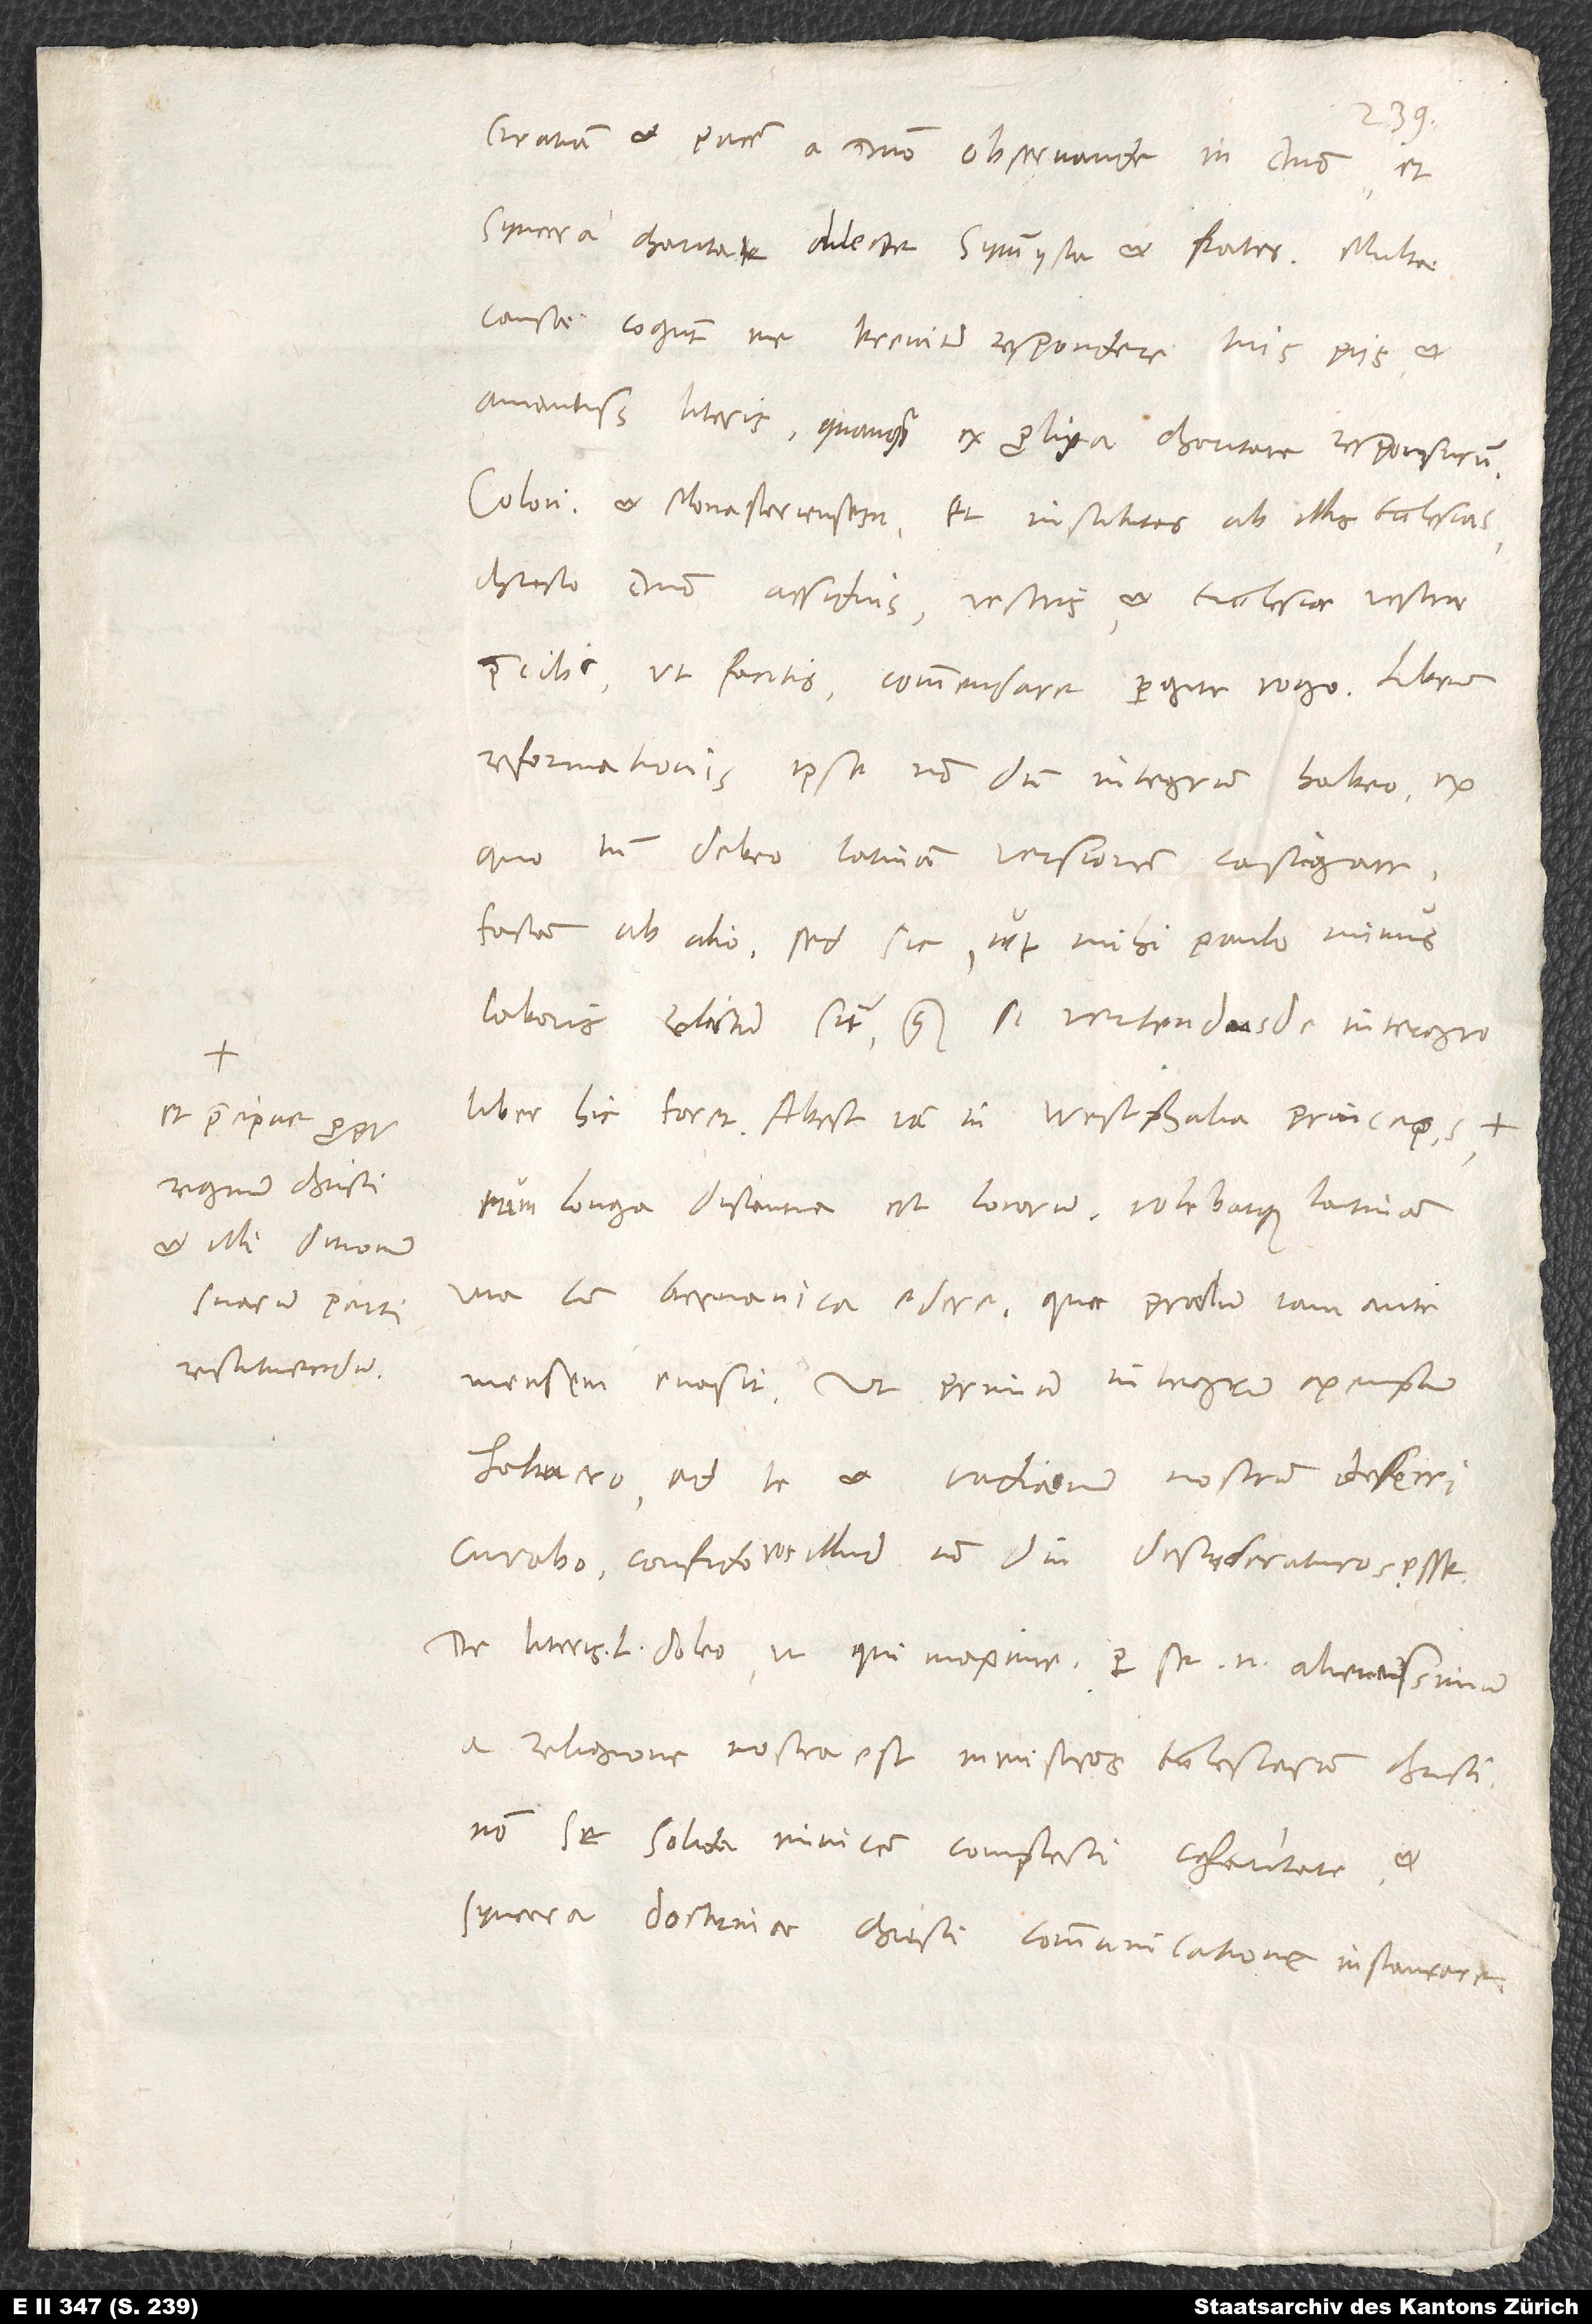
praecipue propter
regnum Christi
et illi ditionum
suarum parti
restituendum,

Gratiam et pacem a domino, observande in domino et
syncera charitate dilecte symmysta et frater.
causae cogunt me breviter respondere tuis piis et
amantissimis literis, quanquam ex prolixa charitate responsurum.
Coloniensem et Monasteriensem et institutas ab illis ecclesias
Christo domino assiduis vestris et ecclesiae vestrae
precibus, ut facite, commendare pergite, rogo. Librum
reformationis ipse non dum integrum habeo, ex
quo tamen debeo Latinam versionem castigare
factam ab alio, sed sic, ut mihi paulo minus
laboris relictum sit, quam si vertendus de integro
liber hic foret. Abest iam in Westphalia princeps et
cum longa distantia est locorum, volebatque Latinam
una cum Germanica edere, quae praelum iam ante
habuero, ad te et Vadianum nostrum deferri
curabo; confido vos illud non diu desyderaturos esse.
De literis L doleo ut qui maxime; per se enim alienissimum
a religione nostra est ministros ecclesiarum Christi
non se solida invicem complecti charitate et
syncera doctrinae Christi communicatione instaurare.